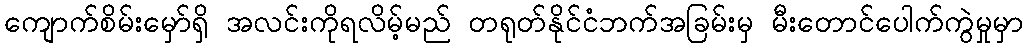
ကျောက်စိမ်းမှော်ရှိ အလင်းကိုရလိမ့်မည် တရုတ်နိုင်ငံဘက်အခြမ်းမှ မီးတောင်ပေါက်ကွဲမှုမှာ